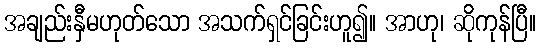
အချည်းနှီမဟုတ်သော အသက်ရှင်ခြင်းဟူ၍။ အာဟု၊ ဆိုကုန်ပြီ။